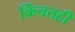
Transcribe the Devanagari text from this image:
किंचतही